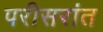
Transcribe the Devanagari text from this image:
परीसरांत